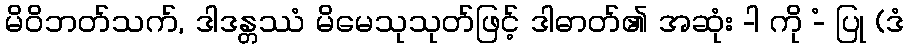
မိဝိဘတ်သက်, ဒါဒန္တဿံ မိမေသုသုတ်ဖြင့် ဒါဓာတ်၏ အဆုံး -ါ ကို -ံ ပြု (ဒံ